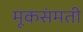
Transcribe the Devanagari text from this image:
मूकसंमती